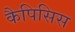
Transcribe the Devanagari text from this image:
कैपिसिस